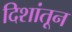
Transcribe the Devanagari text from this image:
दिशांतून